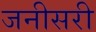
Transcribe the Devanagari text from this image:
जनीसरी